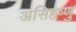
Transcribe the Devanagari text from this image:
असिहष्णु